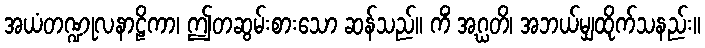
အယံတဏ္ဍုလနာဠိကာ၊ ဤတဆွမ်းစားသော ဆန်သည်။ ကိံ အဂ္ဃတိ၊ အဘယ်မျှထိုက်သနည်း။